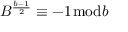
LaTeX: B ^ { \frac { b - 1 } { 2 } } \equiv - 1 { \bmod { b } }